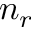
n _ { r }